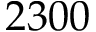
2 3 0 0